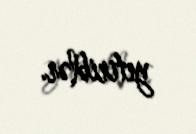
yetiriblər.